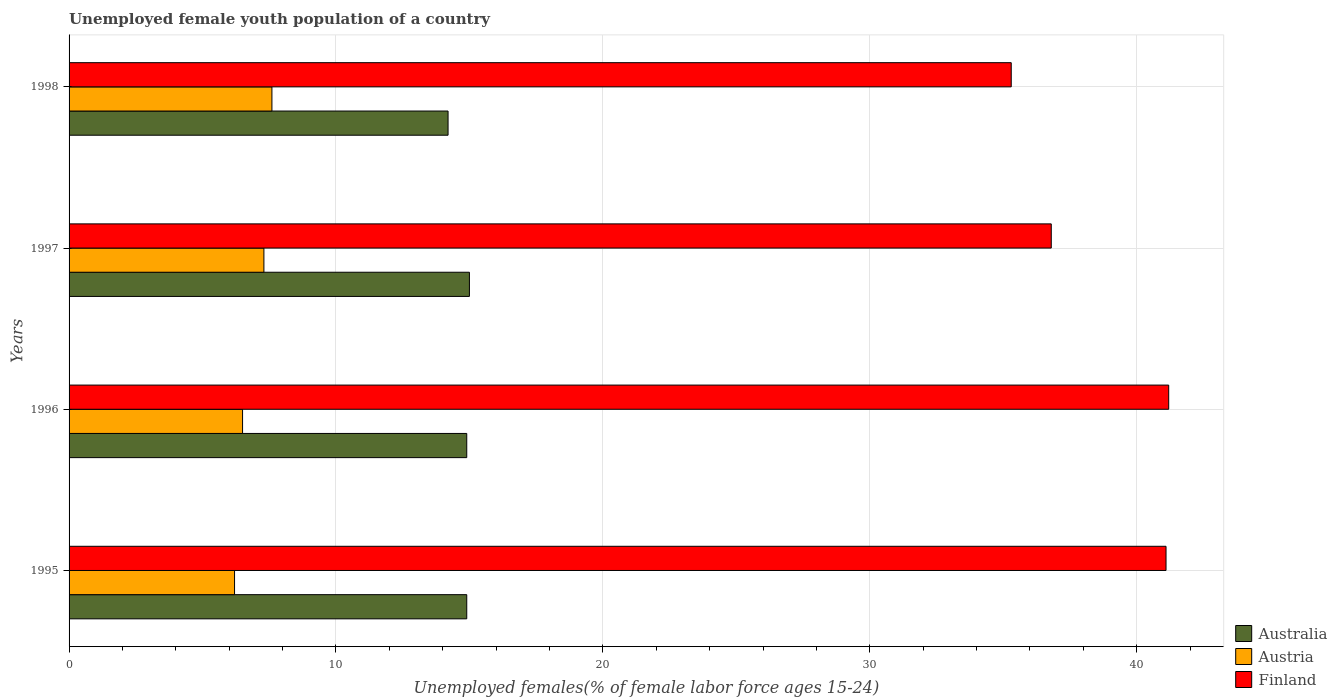
| Years | Australia | Austria | Finland |
 | --- | --- | --- | --- |
 | 1995 | 14.9 | 6.2 | 41.1 |
 | 1996 | 14.9 | 6.5 | 41.2 |
 | 1997 | 15 | 7.3 | 36.8 |
 | 1998 | 14.2 | 7.6 | 35.3 |